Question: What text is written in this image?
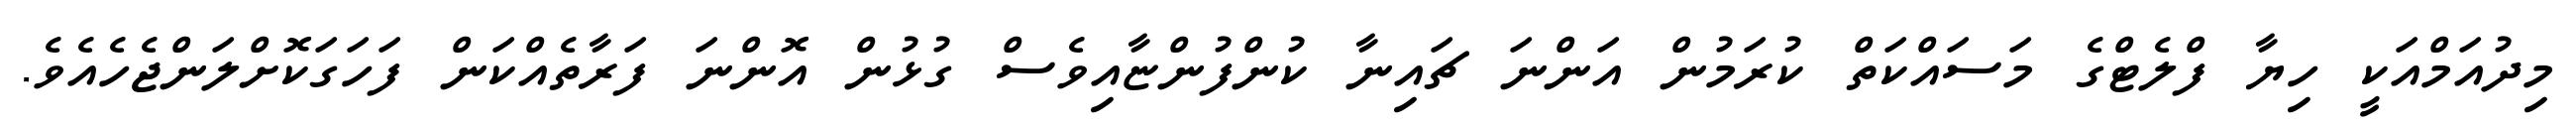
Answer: މިދުއަމްއަކީ ހިޔާ ފްލެޓްގެ މަސައްކަތް ކުރަމުން އަންނަ ޗައިނާ ކުންފުންޏާއިވެސް ގުޅުން އޮންނަ ފަރާތެއްކަން ފަހަގަކޮށްލަންޖެހެއެވެ.